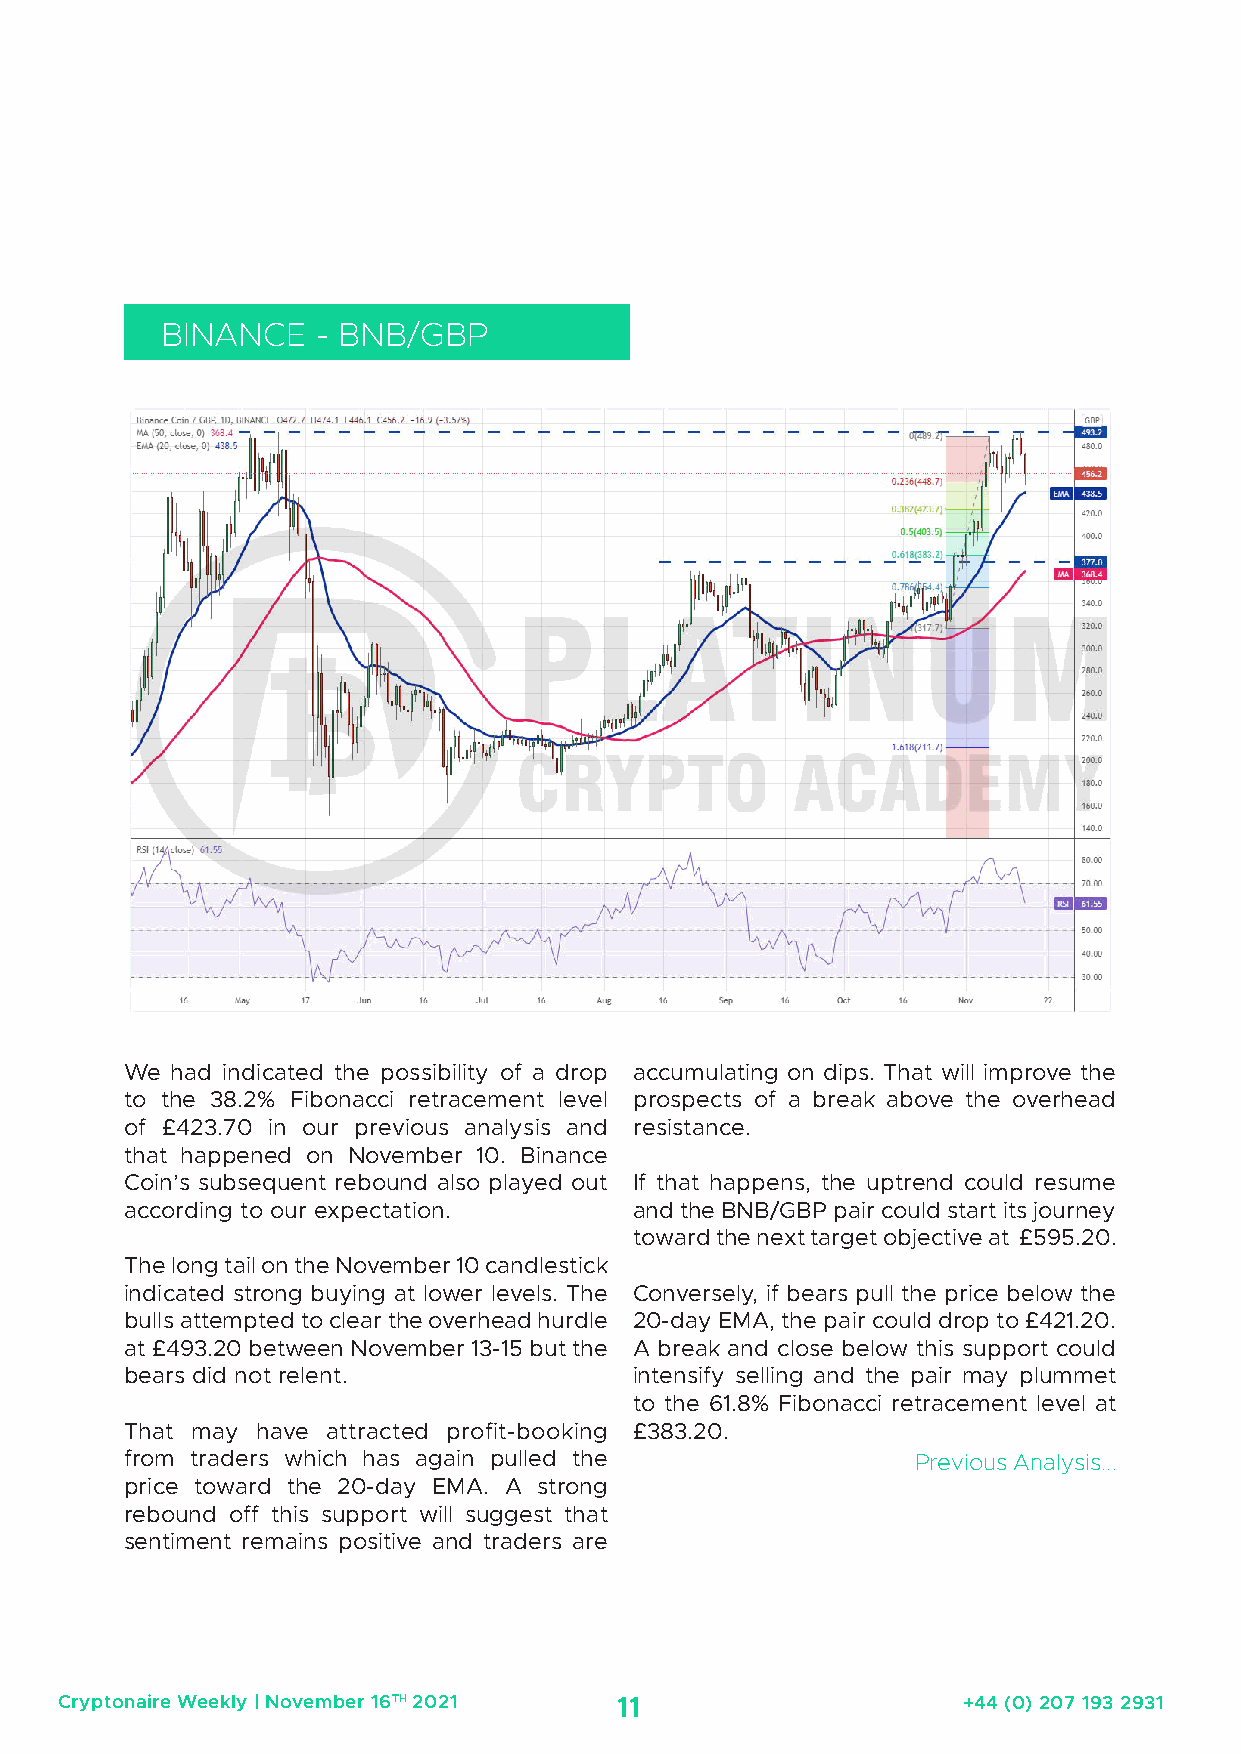
BINANCE   - BNB/GBP
 We had indicated the possibility of a drop accumulating on dips. That will improve the
 to the 38.2% Fibonacci retracement level prospects of a break above the overhead
 of £423.70 in our previous analysis and resistance.
 that happened on November 10. Binance
 Coin’s subsequent rebound also played out If that happens, the uptrend could resume
 according to our expectation.     and the BNB/GBP pair could start its journey
 toward the next target objective at £595.20.
 The long tail on the November 10 candlestick
 indicated strong buying at lower levels. The Conversely, if bears pull the price below the
 bulls attempted to clear the overhead hurdle 20-day EMA, the pair could drop to £421.20.
 at £493.20 between November 13-15 but the A break and close below this support could
 bears did not relent.             intensify selling and the pair may plummet
 to the 61.8% Fibonacci retracement level at
 That may have attracted profit-booking £383.20.
 from traders which has again pulled the              Previous Analysis...
 price toward the 20-day EMA. A strong
 rebound off this support will suggest that
 sentiment remains positive and traders are
 Cryptonaire Weekly | November 16TH 2021 11                  +44 (0) 207 193 2931